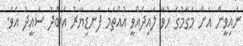
ނައިވީން އަށް މަގާމުގެ ހުވާ ލައިދެއްވީ އުއްތަމަ ފަނޑިޔާރު އަބްދު ސައީދު އެވެ.